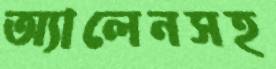
অ্যালেনসহ